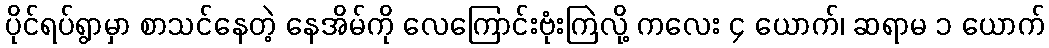
ပိုင်ရပ်ရွာမှာ စာသင်နေတဲ့ နေအိမ်ကို လေကြောင်းဗုံးကြဲလို့ ကလေး ၄ ယောက်၊ ဆရာမ ၁ ယောက်